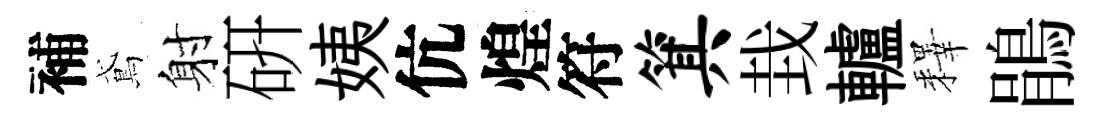
補鳶射硏姨伉煌符箕㘽轤釋鵑